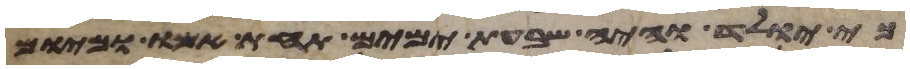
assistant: כי יולד והיה שבעת ימים תחת אמו ומיום